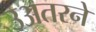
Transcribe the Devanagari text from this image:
उअतरने